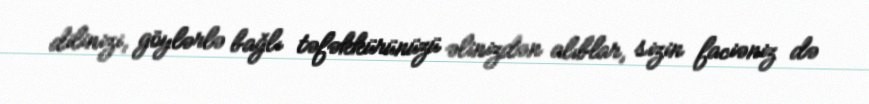
dilinizi, göylərlə bağlı təfəkkürünüzü əlinizdən alıblar, sizin faciəniz də